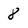
Character: 8